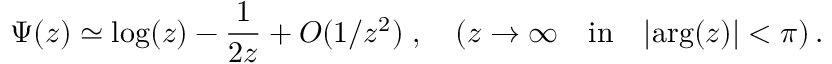
\Psi ( z ) \simeq \mathrm { l o g } ( z ) - \frac { 1 } { 2 z } + O ( 1 / z ^ { 2 } ) \; , \quad ( z \rightarrow \infty \quad \mathrm { i n } \quad \vert \mathrm { a r g } ( z ) \vert < \pi ) \, .